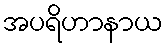
အပရိဟာနာယ